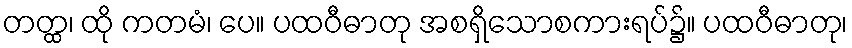
တတ္ထ၊ ထို ကတမံ၊ ပေ။ ပထဝီဓာတု အစရှိသောစကားရပ်၌။ ပထဝီဓာတု၊